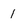
Character: 1